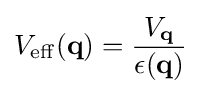
V_{\mathrm {eff} }(\mathbf {q} )={\frac {V_{\mathbf {q} }}{\epsilon (\mathbf {q} )}}